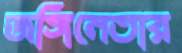
জঙ্গিনেতার